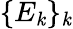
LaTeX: \{ E_{\mathit{k}}\} _{\mathit{k}}